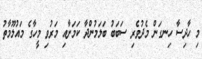
މި ހާދިސާ ހިނގަން މެދުވެރި ސަބަބު ބަލަމުންދާ ކަމަށާއި މަރުވި މީހާގެ މައުލޫމާތު